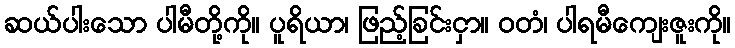
ဆယ်ပါးသော ပါမီတို့ကို။ ပူရိယာ၊ ဖြည့်ခြင်းငှာ။ ဝတံ၊ ပါရမီကျေးဇူးကို။